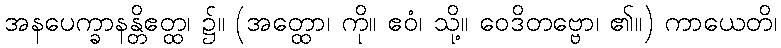
အနပေက္ခာနန္တိဧတ္ထ၊ ၌။ (အတ္ထော၊ ကို။ ဧဝံ၊ သို့။ ဝေဒိတဗ္ဗော၊ ၏။) ကာယေတိ၊